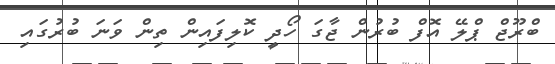
ބްރޫޖް ޕްލޭ އޮފް ބުރުން ޖާގަ ހޯދީ ކޮލިފައިން ތިން ވަނަ ބުރުގައި